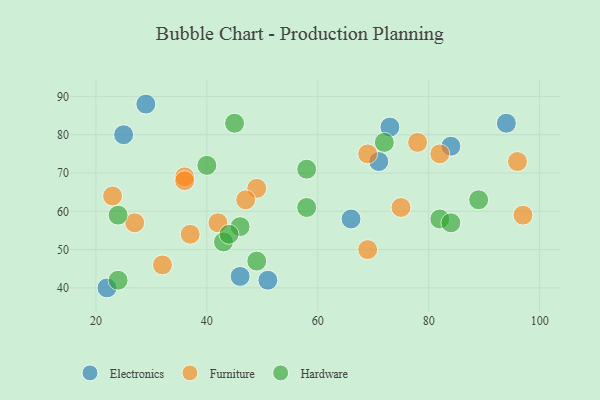
{"axis": {"x": "GDP", "y": "Life Expectancy"}, "legend": ["Electronics", "Furniture", "Hardware"], "data": [{"x": "84", "y": 77, "type": "Electronics"}, {"x": "25", "y": 80, "type": "Electronics"}, {"x": "66", "y": 58, "type": "Electronics"}, {"x": "94", "y": 83, "type": "Electronics"}, {"x": "51", "y": 42, "type": "Electronics"}, {"x": "73", "y": 82, "type": "Electronics"}, {"x": "22", "y": 40, "type": "Electronics"}, {"x": "29", "y": 88, "type": "Electronics"}, {"x": "46", "y": 43, "type": "Electronics"}, {"x": "71", "y": 73, "type": "Electronics"}, {"x": "78", "y": 78, "type": "Furniture"}, {"x": "42", "y": 57, "type": "Furniture"}, {"x": "49", "y": 66, "type": "Furniture"}, {"x": "32", "y": 46, "type": "Furniture"}, {"x": "36", "y": 69, "type": "Furniture"}, {"x": "69", "y": 75, "type": "Furniture"}, {"x": "96", "y": 73, "type": "Furniture"}, {"x": "37", "y": 54, "type": "Furniture"}, {"x": "97", "y": 59, "type": "Furniture"}, {"x": "47", "y": 63, "type": "Furniture"}, {"x": "36", "y": 68, "type": "Furniture"}, {"x": "75", "y": 61, "type": "Furniture"}, {"x": "27", "y": 57, "type": "Furniture"}, {"x": "69", "y": 50, "type": "Furniture"}, {"x": "23", "y": 64, "type": "Furniture"}, {"x": "82", "y": 75, "type": "Furniture"}, {"x": "40", "y": 72, "type": "Hardware"}, {"x": "45", "y": 83, "type": "Hardware"}, {"x": "46", "y": 56, "type": "Hardware"}, {"x": "58", "y": 71, "type": "Hardware"}, {"x": "24", "y": 59, "type": "Hardware"}, {"x": "72", "y": 78, "type": "Hardware"}, {"x": "82", "y": 58, "type": "Hardware"}, {"x": "58", "y": 61, "type": "Hardware"}, {"x": "43", "y": 52, "type": "Hardware"}, {"x": "49", "y": 47, "type": "Hardware"}, {"x": "24", "y": 42, "type": "Hardware"}, {"x": "44", "y": 54, "type": "Hardware"}, {"x": "84", "y": 57, "type": "Hardware"}, {"x": "89", "y": 63, "type": "Hardware"}]}